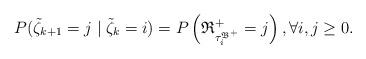
LaTeX: \begin{align*} P(\tilde\zeta_{k+1} = j \mid \tilde\zeta_k = i) = P\left( \mathfrak{R}^{+}_{\tau_{i}^{\mathfrak{B}^+}} = j \right), \forall i,j\geq 0. \end{align*}